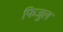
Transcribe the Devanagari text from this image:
फिजुल